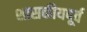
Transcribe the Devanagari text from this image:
शासकीयपूर्व